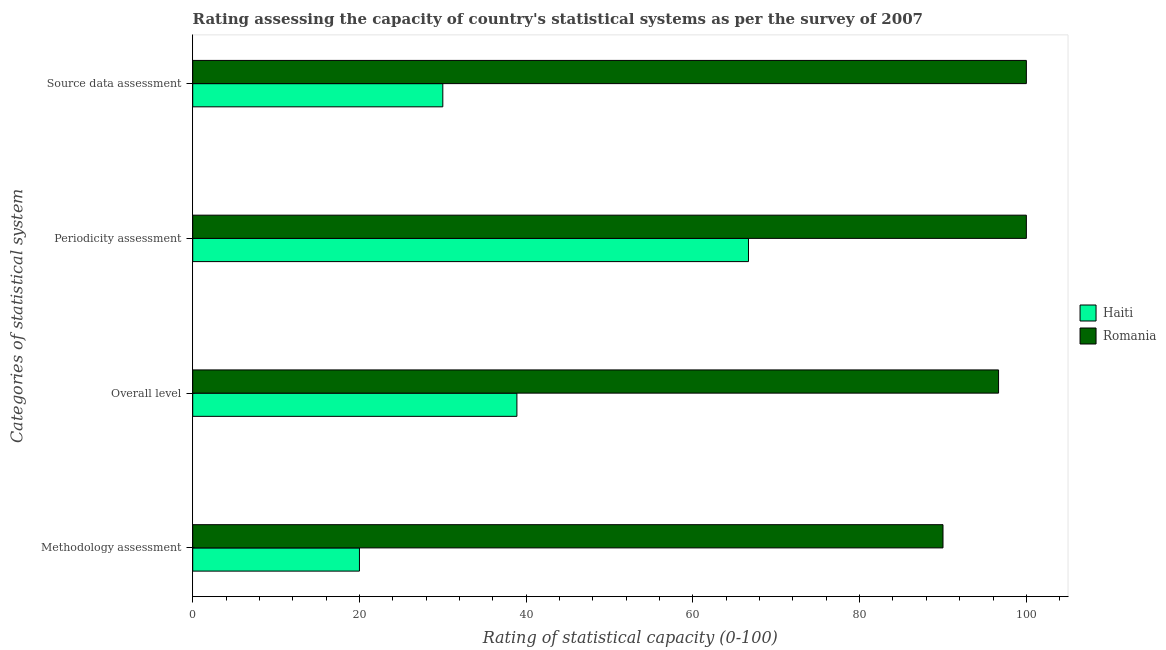
| Categories of statistical system | Haiti | Romania |
 | --- | --- | --- |
 | Methodology assessment | 20 | 90 |
 | Overall level | 38.9 | 96.7 |
 | Periodicity assessment | 66.7 | 100 |
 | Source data assessment | 30 | 100 |